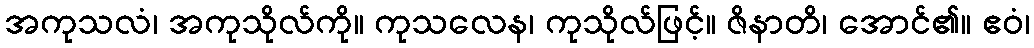
အကုသလံ၊ အကုသိုလ်ကို။ ကုသလေန၊ ကုသိုလ်ဖြင့်။ ဇိနာတိ၊ အောင်၏။ ဧဝံ၊